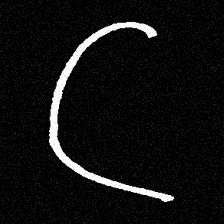
Pyu character \u2014 Myanmar letter: ဋ (romanized: tta)